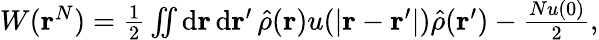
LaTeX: \begin{array}{r}{W(\mathbf{r}^{N})=\frac{1}{2}\iint\mathrm{d}\mathbf{r}\, \mathrm{d}\mathbf{r}^{\prime}\, \hat{\rho}(\mathbf{r})u(\vert\mathbf{r}-\mathbf{r}^{\prime}\vert)\hat{\rho}(\mathbf{r}^{\prime})-\frac{Nu(0)}{2},}\end{array}